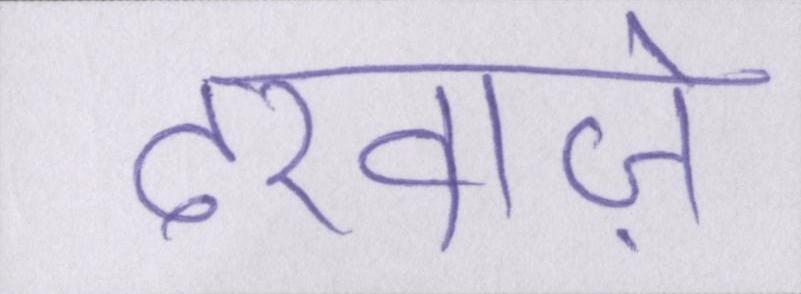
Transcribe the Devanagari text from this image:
दरवाज़े